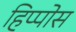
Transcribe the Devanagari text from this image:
हिप्पोस